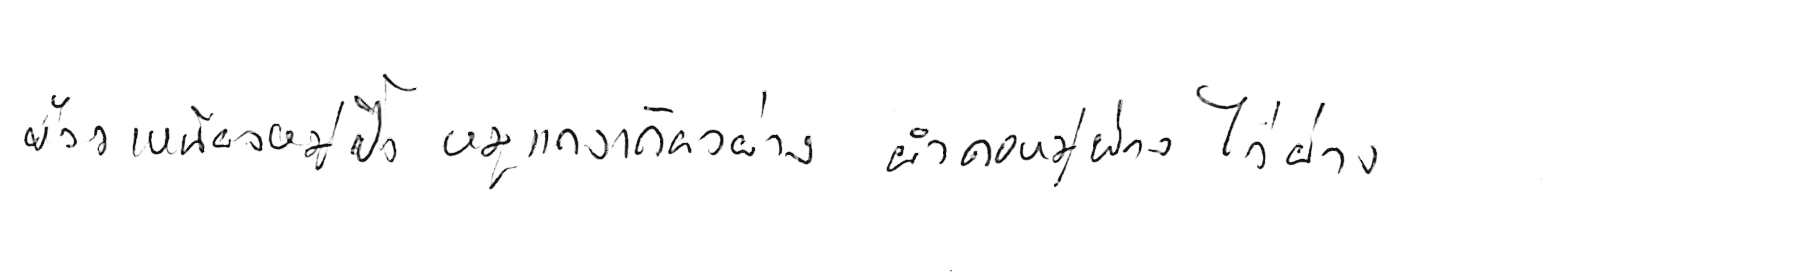
ข้าวเหนียวหมูปิ้ง หมูแดดเดียวย่าง ยำคอหมูย่าง ไก่ย่าง